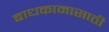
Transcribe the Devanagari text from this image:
बाधकामासाठी